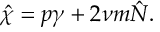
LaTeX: \hat { \chi } = p \gamma + 2 \nu m \hat { { \cal N } } .